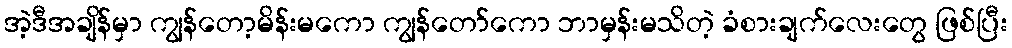
အဲ့ဒီအချိန်မှာ ကျွန်တော့မိန်းမကော ကျွန်တော်ကော ဘာမှန်းမသိတဲ့ ခံစားချက်လေးတွေ ဖြစ်ပြီး